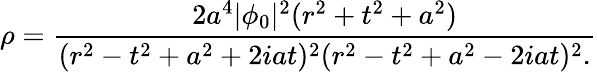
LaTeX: \rho={\frac{2a^{4}|\phi_{0}|^{2}(r^{2}+t^{2}+a^{2})}{(r^{2}-t^{2}+a^{2}+2iat)^{2}(r^{2}-t^{2}+a^{2}-2iat)^{2}.}}